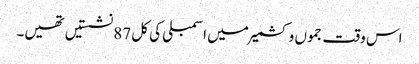
اس وقت جموں و کشمیر میں اسمبلی کی کل 87 نشستیں تھیں۔